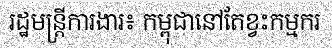
រដ្ឋមន្ត្រីការងារ៖ កម្ពុជានៅតែខ្វះកម្មករ